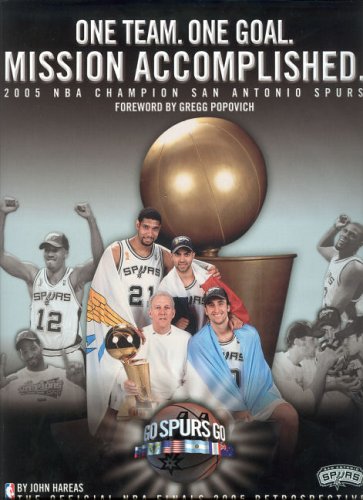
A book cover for One Team, One Goal, Missions Accomplished: 2005 NBA Champion San Antonio Spurs (The Official NBA Finals 2005 Retrospective); John Hareas; Sports & Outdoors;